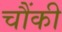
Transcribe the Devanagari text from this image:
चौंकी